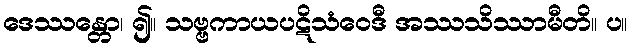
ဒေဿန္တော၊ ၍။ သဗ္ဗကာယပဋိသံဝေဒီ အဿသိဿာမီတိ။ ပ။